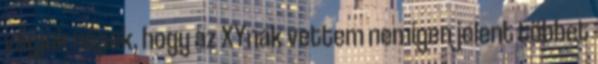
vágjuk népek, hogy az XYnak vettem nemigen jelent többet